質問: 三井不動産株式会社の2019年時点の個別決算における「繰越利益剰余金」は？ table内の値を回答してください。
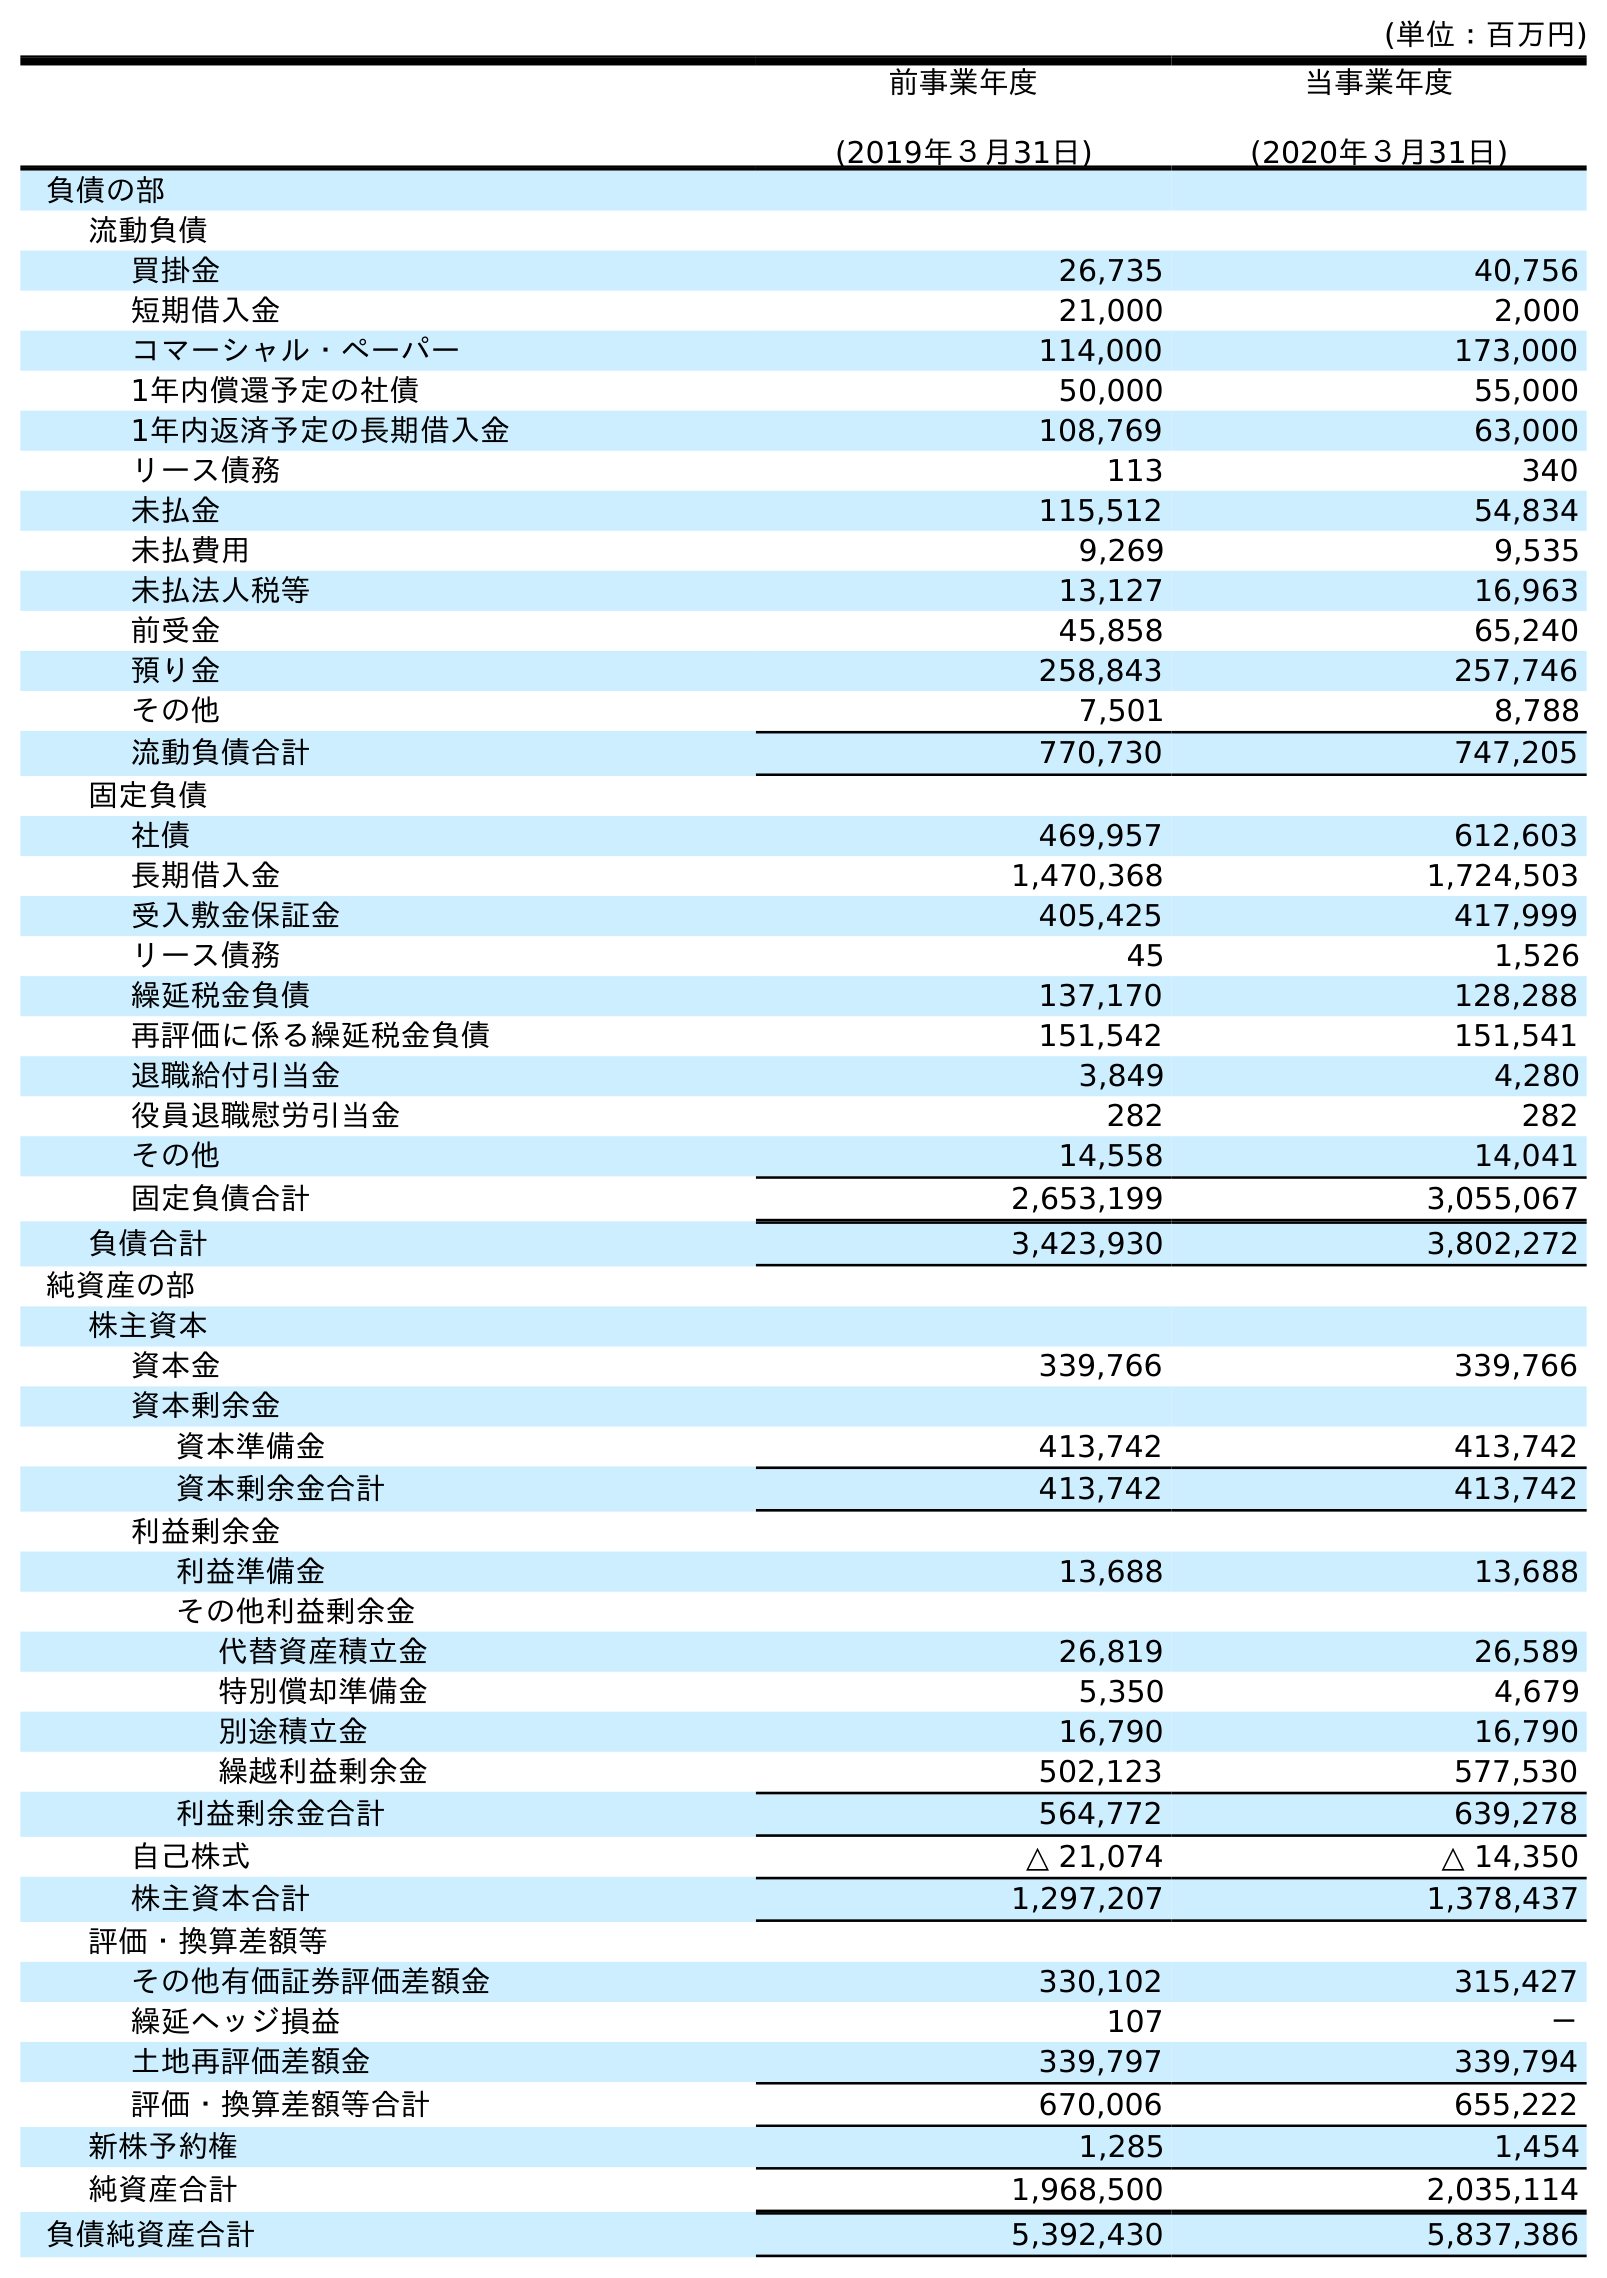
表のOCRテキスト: (単位：百万円) 前事業年度 (2019年３月31日) 当事業年度 (2020年３月31日) 負債の部 流動負債 買掛金 26,735 40,756 短期借入金 21,000 2,000 コマーシャル・ペーパー 114,000 173,000 1年内償還予定の社債 50,000 55,000 1年内返済予定の長期借入金 108,769 63,000 リース債務 113 340 未払金 115,512 54,834 未払費用 9,269 9,535 未払法人税等 13,127 16,963 前受金 45,858 65,240 預り金 258,843 257,746 その他 7,501 8,788 流動負債合計 770,730 747,205 固定負債 社債 469,957 612,603 長期借入金 1,470,368 1,724,503 受入敷金保証金 405,425 417,999 リース債務 45 1,526 繰延税金負債 137,170 128,288 再評価に係る繰延税金負債 151,542 151,541 退職給付引当金 3,849 4,280 役員退職慰労引当金 282 282 その他 14,558 14,041 固定負債合計 2,653,199 3,055,067 負債合計 3,423,930 3,802,272 純資産の部 株主資本 資本金 339,766 339,766 資本剰余金 資本準備金 413,742 413,742 資本剰余金合計 413,742 413,742 利益剰余金 利益準備金 13,688 13,688 その他利益剰余金 代替資産積立金 26,819 26,589 特別償却準備金 5,350 4,679 別途積立金 16,790 16,790 繰越利益剰余金 502,123 577,530 利益剰余金合計 564,772 639,278 自己株式 △ 21,074 △ 14,350 株主資本合計 1,297,207 1,378,437 評価・換算差額等 その他有価証券評価差額金 330,102 315,427 繰延ヘッジ損益 107 － 土地再評価差額金 339,797 339,794 評価・換算差額等合計 670,006 655,222 新株予約権 1,285 1,454 純資産合計 1,968,500 2,035,114 負債純資産合計 5,392,430 5,837,386
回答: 502,123